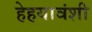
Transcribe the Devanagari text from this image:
हेहयावंशी